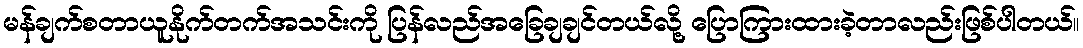
မန်ချက်စတာယူနိုက်တက်အသင်းကို ပြန်လည်အခြေချချင်တယ်လို့ ပြောကြားထားခဲ့တာလည်းဖြစ်ပါတယ်။